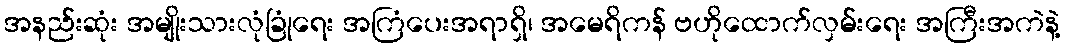
အနည်းဆုံး အမျိုးသားလုံခြုံရေး အကြံပေးအရာရှိ၊ အမေရိကန် ဗဟိုထောက်လှမ်းရေး အကြီးအကဲနဲ့